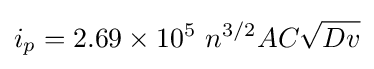
i_{p}=2.69\times 10^{5}\ n^{3/2}AC{\sqrt {Dv}}